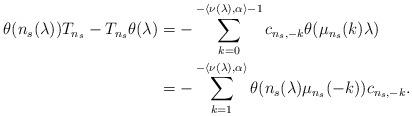
LaTeX: \begin{align*}\theta(n_s(\lambda))T_{n_s} - T_{n_s}\theta(\lambda)& = -\sum_{k = 0}^{-\langle\nu(\lambda),\alpha\rangle-1}c_{n_s,-k}\theta(\mu_{n_s}(k)\lambda)\\& = -\sum_{k = 1}^{-\langle\nu(\lambda),\alpha\rangle}\theta(n_s(\lambda)\mu_{n_s}(-k))c_{n_s,-k}.\end{align*}